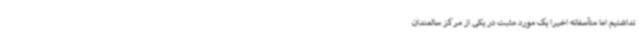
نداشتیم اما متأسفانه اخیراً یک مورد مثبت در یکی از مرکز سالمندان